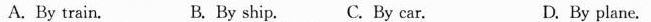
A. By train. B. By ship. C. By car. D. By plane.